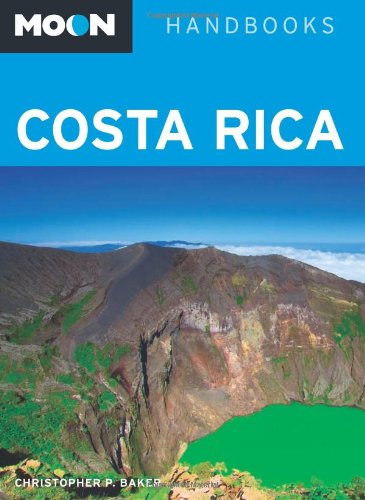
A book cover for Moon Costa Rica (Moon Handbooks); Christopher P. Baker; Travel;